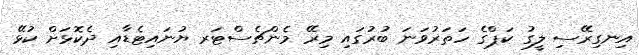
އިނގިރޭސި ލީގު ކަޕްގެ ހަތަރުވަނަ ބުރުގައި މިރޭ މެންޗެސްޓަރ ޔުނައިޓެޑާއި ދެކޮޅަށް ކުޅޭ